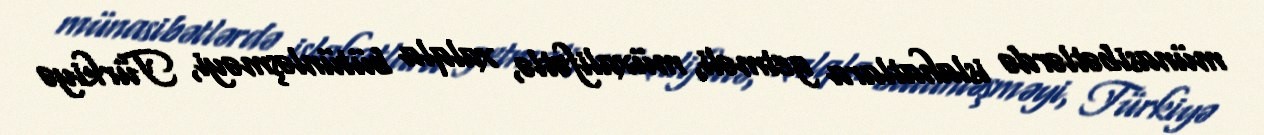
münasibətlərdə islahatlara getməli, müxalifətlə, xalqla bütünləşməyi, Türkiyə